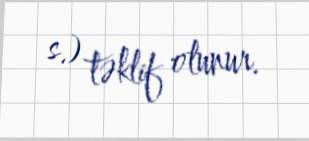
s.) təklif olunur.